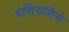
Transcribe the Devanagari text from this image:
दर्शियशिये